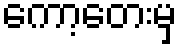
ကော့တေးမှ